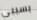
بسببى